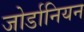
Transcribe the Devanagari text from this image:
जोर्डानियन